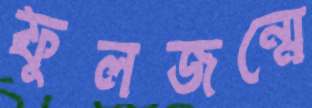
ফুলজন্মে